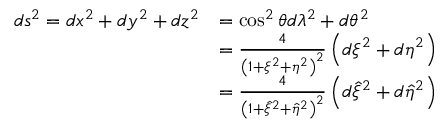
\begin{array} { r l } { d s ^ { 2 } = d x ^ { 2 } + d y ^ { 2 } + d z ^ { 2 } } & { = \cos ^ { 2 } \theta d \lambda ^ { 2 } + d \theta ^ { 2 } } \\ & { = \frac { 4 } { \left( 1 + \xi ^ { 2 } + \eta ^ { 2 } \right) ^ { 2 } } \left( d \xi ^ { 2 } + d \eta ^ { 2 } \right) } \\ & { = \frac { 4 } { \left( 1 + \hat { \xi } ^ { 2 } + \hat { \eta } ^ { 2 } \right) ^ { 2 } } \left( d \hat { \xi } ^ { 2 } + d \hat { \eta } ^ { 2 } \right) } \end{array}